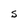
Character: S